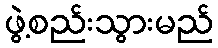
ဖွဲ့စည်းသွားမည်